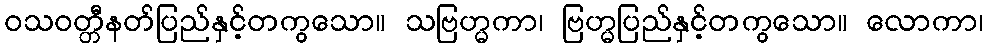
ဝသဝတ္တီနတ်ပြည်နှင့်တကွသော။ သဗြဟ္မကာ၊ ဗြဟ္မပြည်နှင့်တကွသော။ လောကာ၊